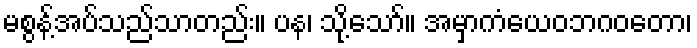
မစွန့်အပ်သည်သာတည်း။ ပန၊ သို့သော်။ အမှာကံယေဝဘဂဝတော၊